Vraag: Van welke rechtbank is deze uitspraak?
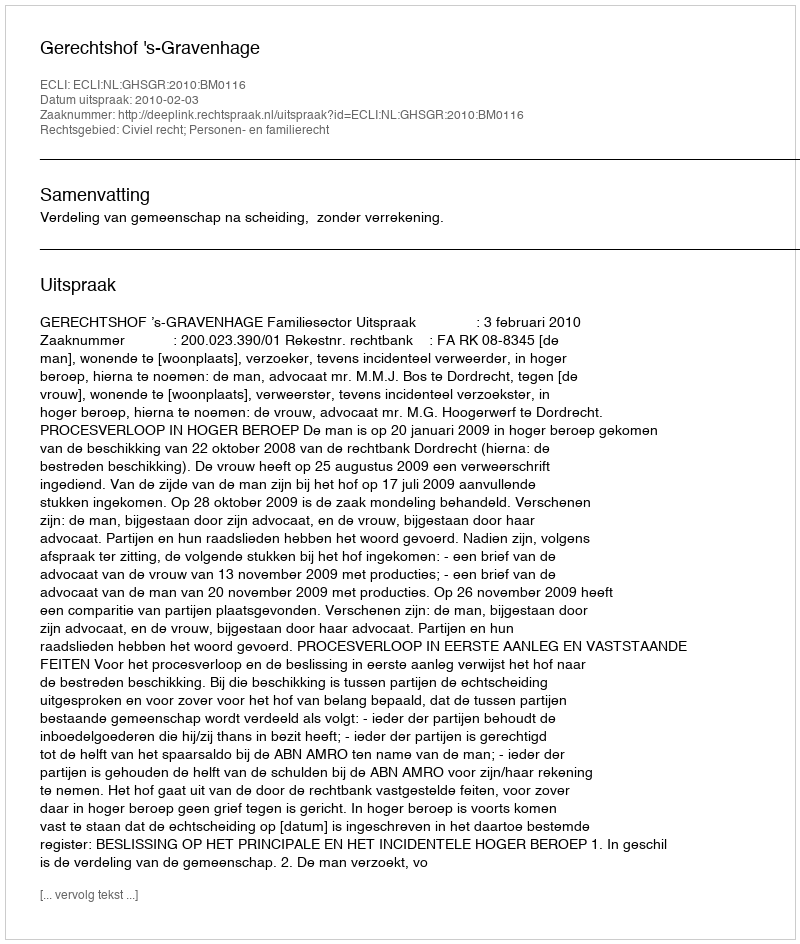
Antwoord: Gerechtshof 's-Gravenhage